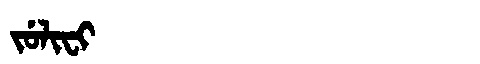
Manchu: ᠵᡠᠯᡳᠸᡳ
Romanization: JULIFI